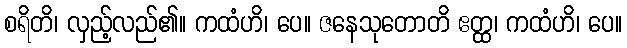
စရိတိ၊ လှည့်လည်၏။ ကထံဟိ၊ ပေ။ ဇနေသုတောတိ ဧတ္ထ၊ ကထံဟိ၊ ပေ။